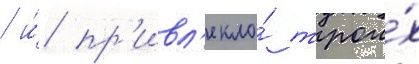
/ и́ пр'ивл'екло́ трои́х